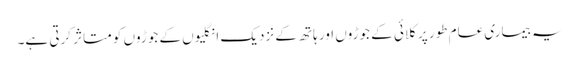
یہ بیماری عام طور پر کلائی کے جوڑوں اور ہاتھ کے نزدیک انگلیوں کے جوڑوں کو متاثر کرتی ہے۔